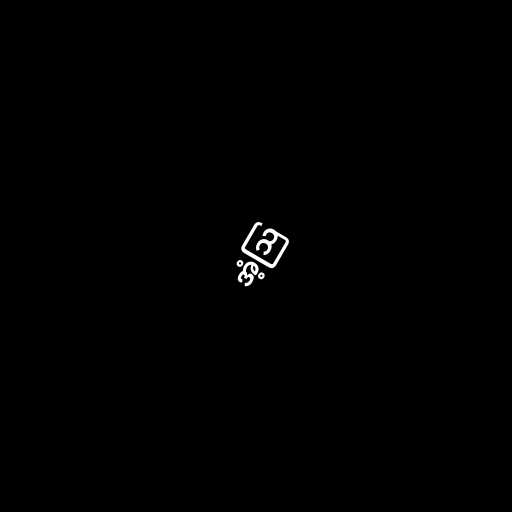
အံ့ဩ